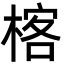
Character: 楁